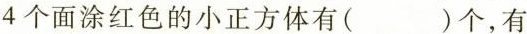
4个面涂红色的小正方体有( )个，有